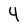
Character: 4